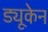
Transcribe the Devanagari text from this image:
ड्यूकेन